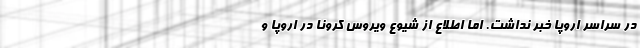
در سراسر اروپا خبر نداشت. اما اطلاع از شیوع ویروس کرونا در اروپا و